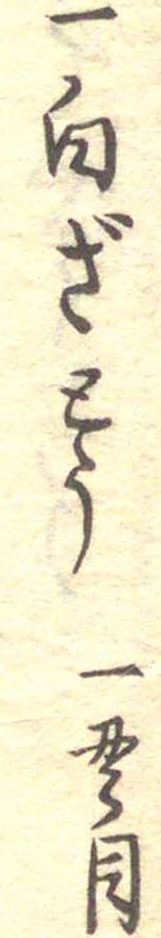
一白ざとう一貫目